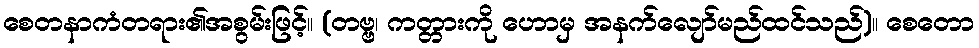
စေတနာကံတရား၏အစွမ်းဖြင့်။ (တဗ္ဗ၊ ကတ္တားကို ဟောမှ အနက်လျော်မည်ထင်သည်)။ စေတော